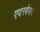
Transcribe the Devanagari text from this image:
एयरवेयर